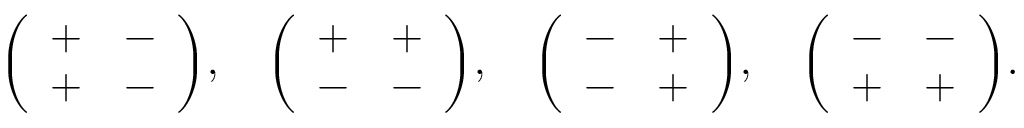
{ \left( \begin{array} { l l } { + } & { - } \\ { + } & { - } \end{array} \right) } , \quad { \left( \begin{array} { l l } { + } & { + } \\ { - } & { - } \end{array} \right) } , \quad { \left( \begin{array} { l l } { - } & { + } \\ { - } & { + } \end{array} \right) } , \quad { \left( \begin{array} { l l } { - } & { - } \\ { + } & { + } \end{array} \right) } .